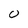
Character: 0